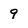
Character: 9